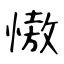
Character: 慠